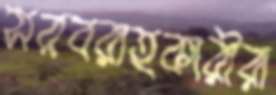
সরবরাহকারীরা